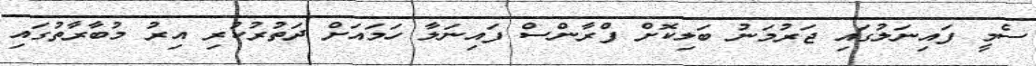
ސެމީ ފައިނަލުގައި ޖަރުމަނު ބަލިކޮށް ފްރާންސް ފައިނަލާ ހަމައަށް ދަތުރުކުރި އިރު މުބާރާތުގައި